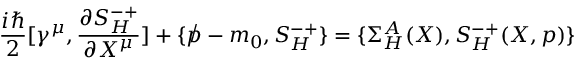
\frac { i \hbar } 2 [ \gamma ^ { \mu } , \frac { \partial S _ { H } ^ { - + } } { \partial X ^ { \mu } } ] + \{ \not p - m _ { 0 } , S _ { H } ^ { - + } \} = \{ \Sigma _ { H } ^ { A } ( X ) , S _ { H } ^ { - + } ( X , p ) \}